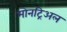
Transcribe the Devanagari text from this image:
मोनट्रिअल